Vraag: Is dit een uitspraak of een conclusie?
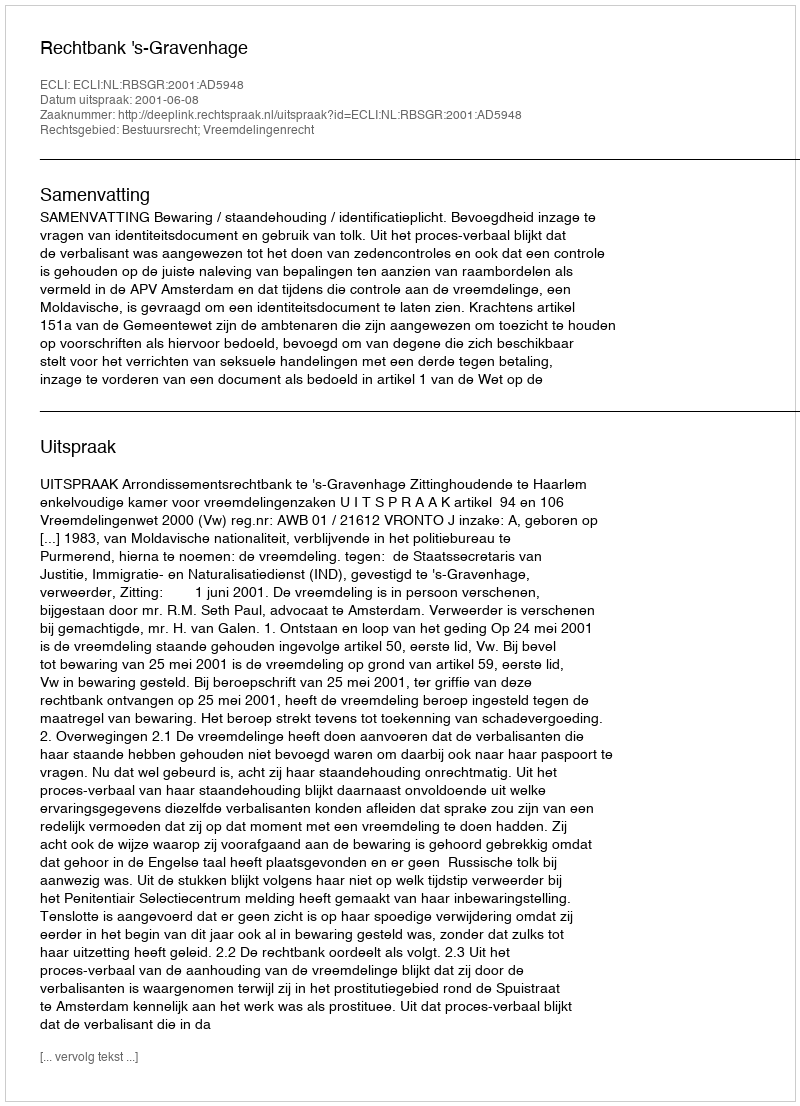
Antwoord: Uitspraak